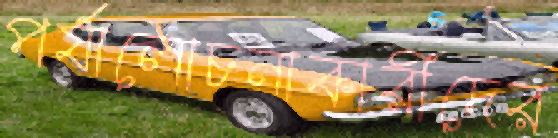
পর্যালোচনাকারীদের